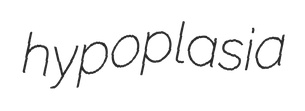
hypoplasia